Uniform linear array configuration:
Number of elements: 24
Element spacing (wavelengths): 0.25
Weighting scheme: uniform
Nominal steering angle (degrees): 45
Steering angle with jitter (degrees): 45.417
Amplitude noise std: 0.05
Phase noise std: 0.05

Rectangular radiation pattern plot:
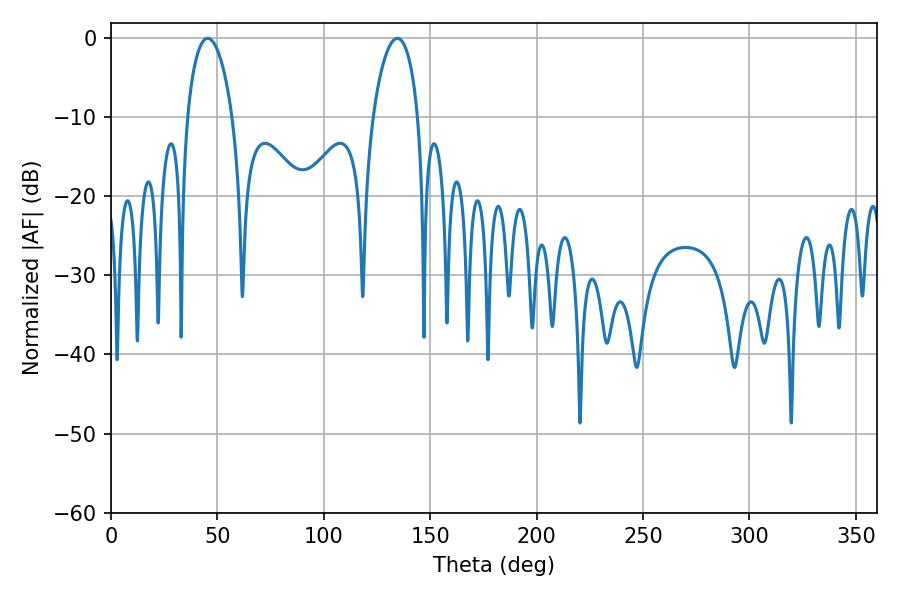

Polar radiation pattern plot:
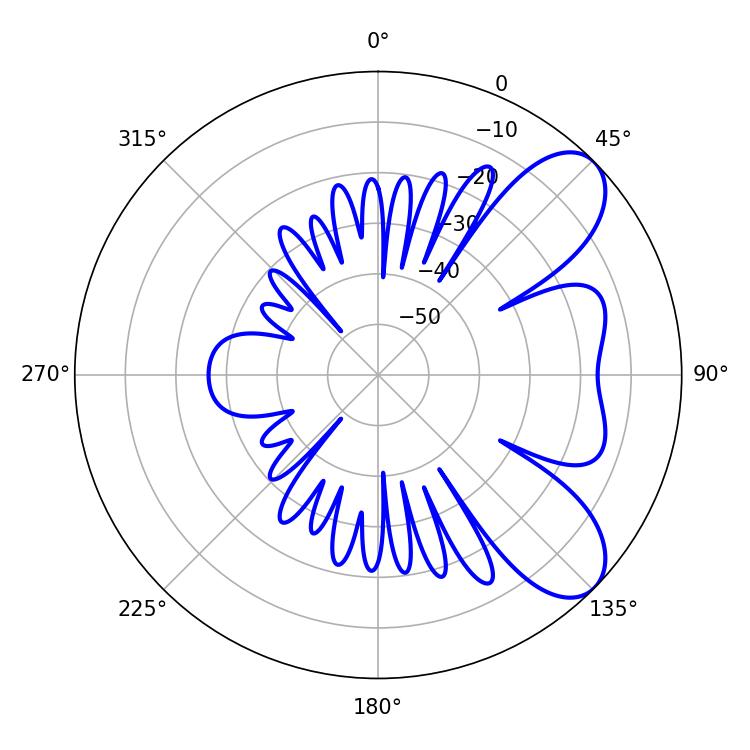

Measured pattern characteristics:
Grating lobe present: FALSE
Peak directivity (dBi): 7.61
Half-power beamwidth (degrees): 12.06
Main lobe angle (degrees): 45.36